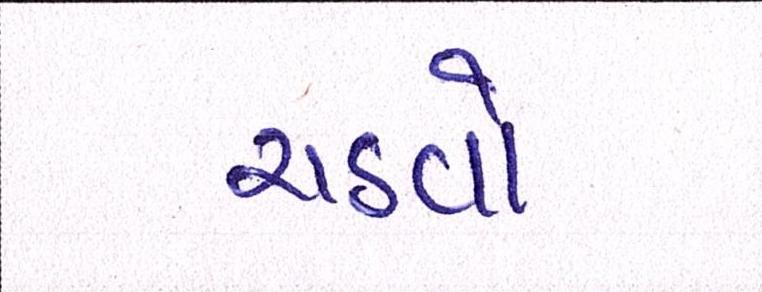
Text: ચડવો